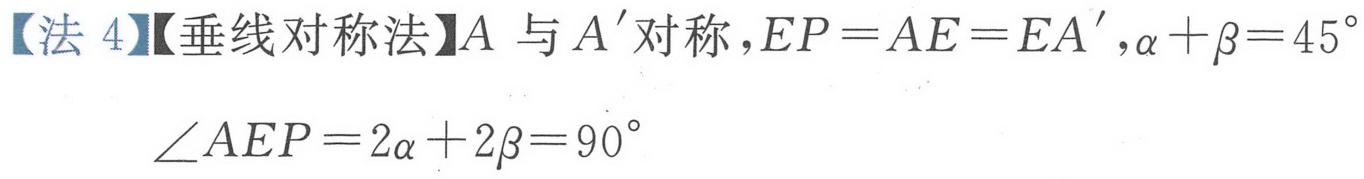
【法 4】【垂线对称法】$A$与$A^{\prime}$对称，$EP = AE = EA^{\prime}$，$\alpha+\beta = 45^{\circ}$
$\angle AEP = 2\alpha+2\beta = 90^{\circ}$